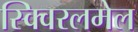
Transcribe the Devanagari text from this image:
स्क्विरलमेल